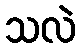
သလဲ